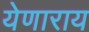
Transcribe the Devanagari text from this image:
येणाराय